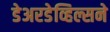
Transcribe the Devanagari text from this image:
डेअरडेव्हिल्सने